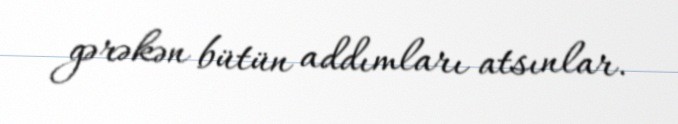
gərəkən bütün addımları atsınlar.